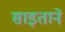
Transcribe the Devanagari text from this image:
साइताने